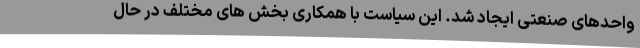
واحدهای صنعتی ایجاد شد. این سیاست با همکاری بخش های مختلف در حال